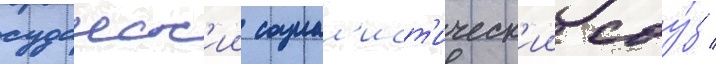
суданск'ии социал'ист'ическ'ии соу́з /